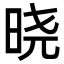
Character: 晓